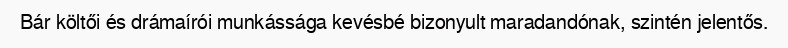
Bár költői és drámaírói munkássága kevésbé bizonyult maradandónak, szintén jelentős.